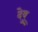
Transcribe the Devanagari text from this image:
देवु